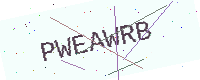
Text: PWEAWRB